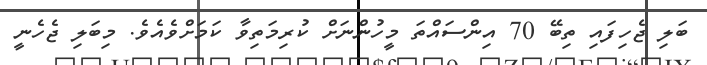
ބަލި ޖެހިފައި ތިބޭ 70 އިންސައްތަ މީހުންނަށް ކުރިމަތިވާ ކަމަށްވެއެވެ. މިބަލި ޖެހެނީ